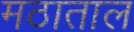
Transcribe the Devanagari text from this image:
मठाताल